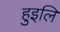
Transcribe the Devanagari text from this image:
हुइलि